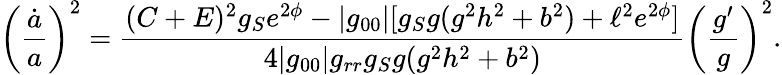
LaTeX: \left({\frac{\dot{a}}{a}}\right)^{2}={\frac{(C+E)^{2}g_{S}e^{2\phi}-|g_{00}|[g_{S}g(g^{2}h^{2}+b^{2})+\ell^{2}e^{2\phi}]}{4|g_{00}|g_{rr}g_{S}g(g^{2}h^{2}+b^{2})}}\left({\frac{g^{\prime}}{g}}\right)^{2}.